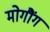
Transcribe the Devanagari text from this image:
मोगौंग